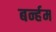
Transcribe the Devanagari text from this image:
बर्न्हम